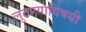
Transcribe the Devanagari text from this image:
लुटण्याविषयी